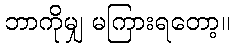
ဘာကိုမျှ မကြားရတော့။